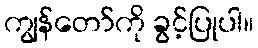
ကျွန်တော်ကို ခွင့်ပြုပါ။